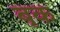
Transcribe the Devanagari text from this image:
बृक